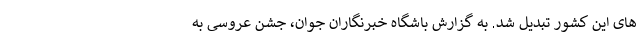
های این کشور تبدیل شد. به گزارش باشگاه خبرنگاران جوان، جشن عروسی به